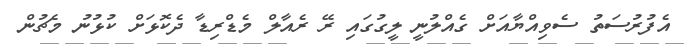
އެފުރުސަތު ސެވިއްޔާއަށް ގެއްލުނީ ލީގުގައި ރޭ ރެއާލް މެޑްރިޑާ ދެކޮޅަށް ކުޅުނު މެޗުން